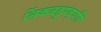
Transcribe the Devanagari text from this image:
लिंकबहुपद्वति